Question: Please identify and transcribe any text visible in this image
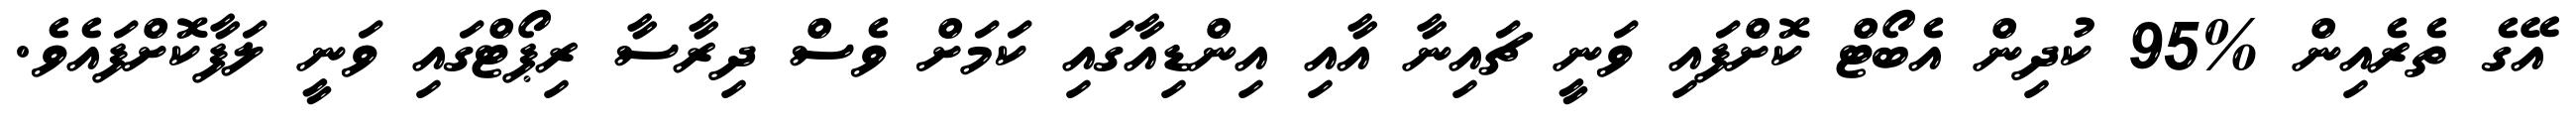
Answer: އޭގެ ތެރެއިން %95 ކުދިން އެބޯޓް ކޮށްފައި ވަނީ ޗައިނާ އާއި އިންޑިއާގައި ކަމަށް ވެސް ދިރާސާ ރިޕޯޓްގައި ވަނީ ލަފާކޮށްފައެވެ.